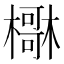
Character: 𣝺